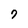
Character: 7